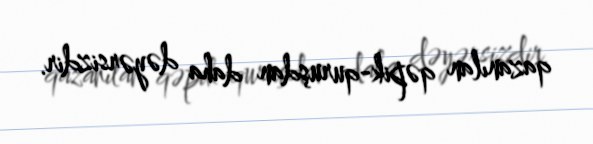
qazanılan qəpik-quruşdan daha dəyərsizdir.